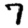
Digit: 7